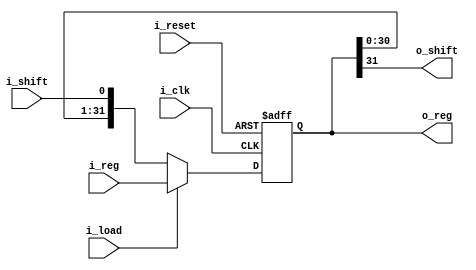
module shift_reg (i_clk, i_reset, i_shift, i_load, i_reg, o_reg, o_shift);
	parameter WIDTH=32;
	
	input i_clk;
	input i_reset;
	input i_shift;
	input i_load;
	input [WIDTH-1:0] i_reg;
	
	output [WIDTH-1:0] o_reg;
	output o_shift;
	
	
	reg [WIDTH-1:0] r_shift_reg;
	
	always@(posedge i_clk or posedge i_reset) begin
		if(i_reset)
			r_shift_reg <= 0;
		else begin
			if (i_load)
				r_shift_reg <= i_reg;
			else 
				r_shift_reg <= {r_shift_reg[WIDTH-2:0],i_shift};
		end
	end

	assign o_reg = r_shift_reg;
	assign o_shift = r_shift_reg[WIDTH-1];
endmodule